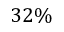
3 2 \%